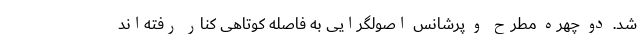
شد. دو چهره مطرح و پرشانس اصولگرایی به فاصله کوتاهی کنار رفته‌اند